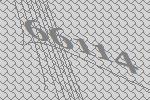
66114